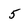
Character: 5